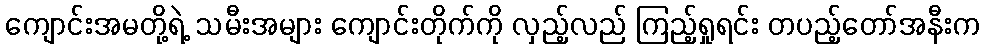
ကျောင်းအမတို့ရဲ့ သမီးအများ ကျောင်းတိုက်ကို လှည့်လည် ကြည့်ရှုရင်း တပည့်တော်အနီးက